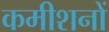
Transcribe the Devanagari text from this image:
कमीशनों